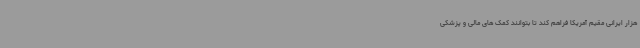
هزار ایرانی مقیم آمریکا فراهم کند تا بتوانند کمک های مالی و پزشکی